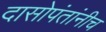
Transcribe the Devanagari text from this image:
दासोपंतांनीच